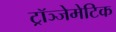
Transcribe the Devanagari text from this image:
ट्रॉञ्जेमेटिक